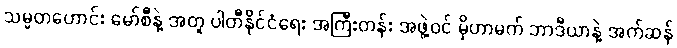
သမ္မတဟောင်း မော်စီနဲ့ အတူ ပါတီနိုင်ငံရေး အကြီးတန်း အဖွဲ့ဝင် မိုဟာမက် ဘာဒီယာနဲ့ အက်ဆန်